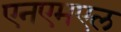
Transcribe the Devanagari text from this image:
एनएमएल